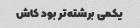
یکمی برشته‌تر بود کاش